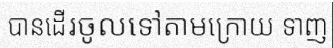
បានដើរចូលទៅតាមក្រោយ ទាញ